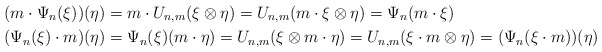
\begin{align*}(m \cdot \Psi_n(\xi))(\eta) & = m \cdot U_{n,m}(\xi \otimes \eta) = U_{n,m}(m \cdot \xi \otimes \eta) = \Psi_n(m \cdot \xi) \\(\Psi_n(\xi) \cdot m)(\eta) & = \Psi_n(\xi)(m \cdot \eta) = U_{n,m}(\xi \otimes m\cdot \eta) = U_{n,m}(\xi \cdot m \otimes \eta) = (\Psi_n(\xi \cdot m))(\eta)\end{align*}